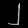
Digit: ၂